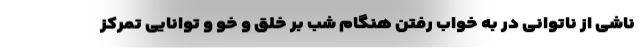
ناشی از ناتوانی در به خواب رفتن هنگام شب بر خلق و خو و توانایی تمرکز